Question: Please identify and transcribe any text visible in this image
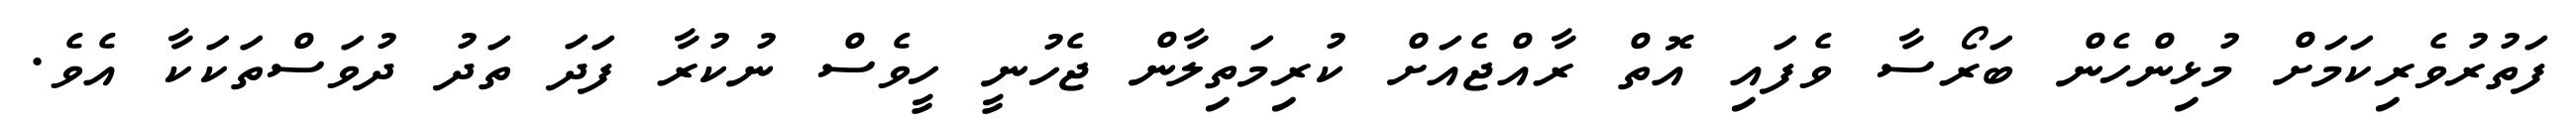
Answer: ފަތުރުވެރިކަމަށް މުޅިންހެން ބަރޯސާ ވެފައި އޮތް ރާއްޖެއަށް ކުރިމަތިލާން ޖެހުނީ ހީވެސް ނުކުރާ ފަދަ ތަދު ދުވަސްތަކަކާ އެވެ.